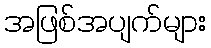
အဖြစ်အပျက်များ